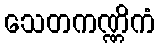
သေတကဏ္ဏိကံ